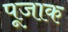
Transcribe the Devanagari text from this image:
पूजाक